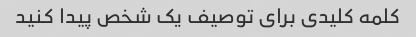
کلمه کلیدی برای توصیف یک شخص پیدا کنید